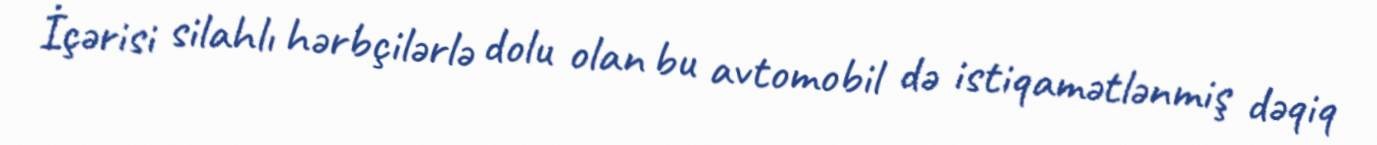
İçərisi silahlı hərbçilərlə dolu olan bu avtomobil də istiqamətlənmiş dəqiq